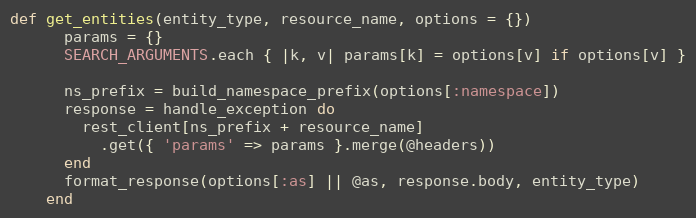
Language: Ruby
def get_entities(entity_type, resource_name, options = {})
      params = {}
      SEARCH_ARGUMENTS.each { |k, v| params[k] = options[v] if options[v] }

      ns_prefix = build_namespace_prefix(options[:namespace])
      response = handle_exception do
        rest_client[ns_prefix + resource_name]
          .get({ 'params' => params }.merge(@headers))
      end
      format_response(options[:as] || @as, response.body, entity_type)
    end